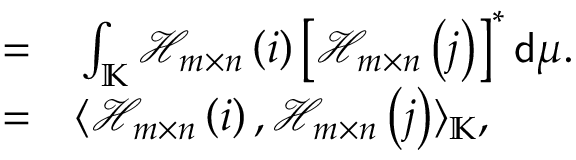
\begin{array} { r l } { = } & { { } \int _ { \mathbb { K } } \mathcal { H } _ { m \times n } \left( i \right) \left[ \mathcal { H } _ { m \times n } \left( j \right) \right] ^ { * } \mathsf { d } \mu . } \\ { = } & { { } \langle \mathcal { H } _ { m \times n } \left( i \right) , \mathcal { H } _ { m \times n } \left( j \right) \rangle _ { \mathbb { K } } , } \end{array}